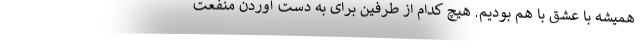
همیشه با عشق با هم بودیم. هیچ کدام از طرفین برای به دست آوردن منفعت